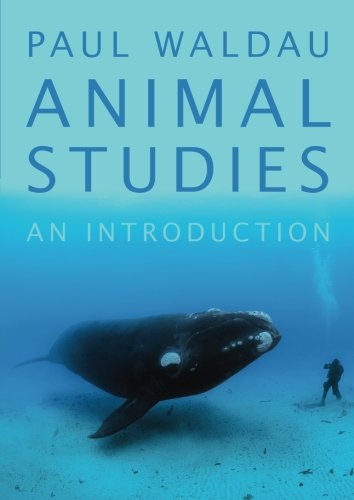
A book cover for Animal Studies: An Introduction; Paul Waldau; Science & Math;